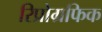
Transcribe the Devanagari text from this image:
रिप्रोग्रफिक